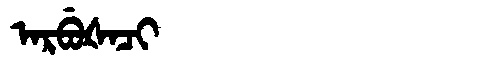
Manchu: ᠠᡵᠪᡠᡧᠠᠴᡳ
Romanization: ARBUŠACI